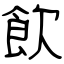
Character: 飲